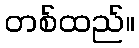
တစ်ထည်။